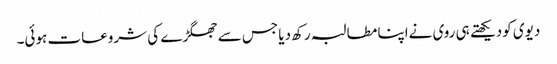
دیوی کودیکھتے ہی روی نےاپنا مطالبہ رکھ دیا جس سے جھگڑے کی شروعات ہوئی۔